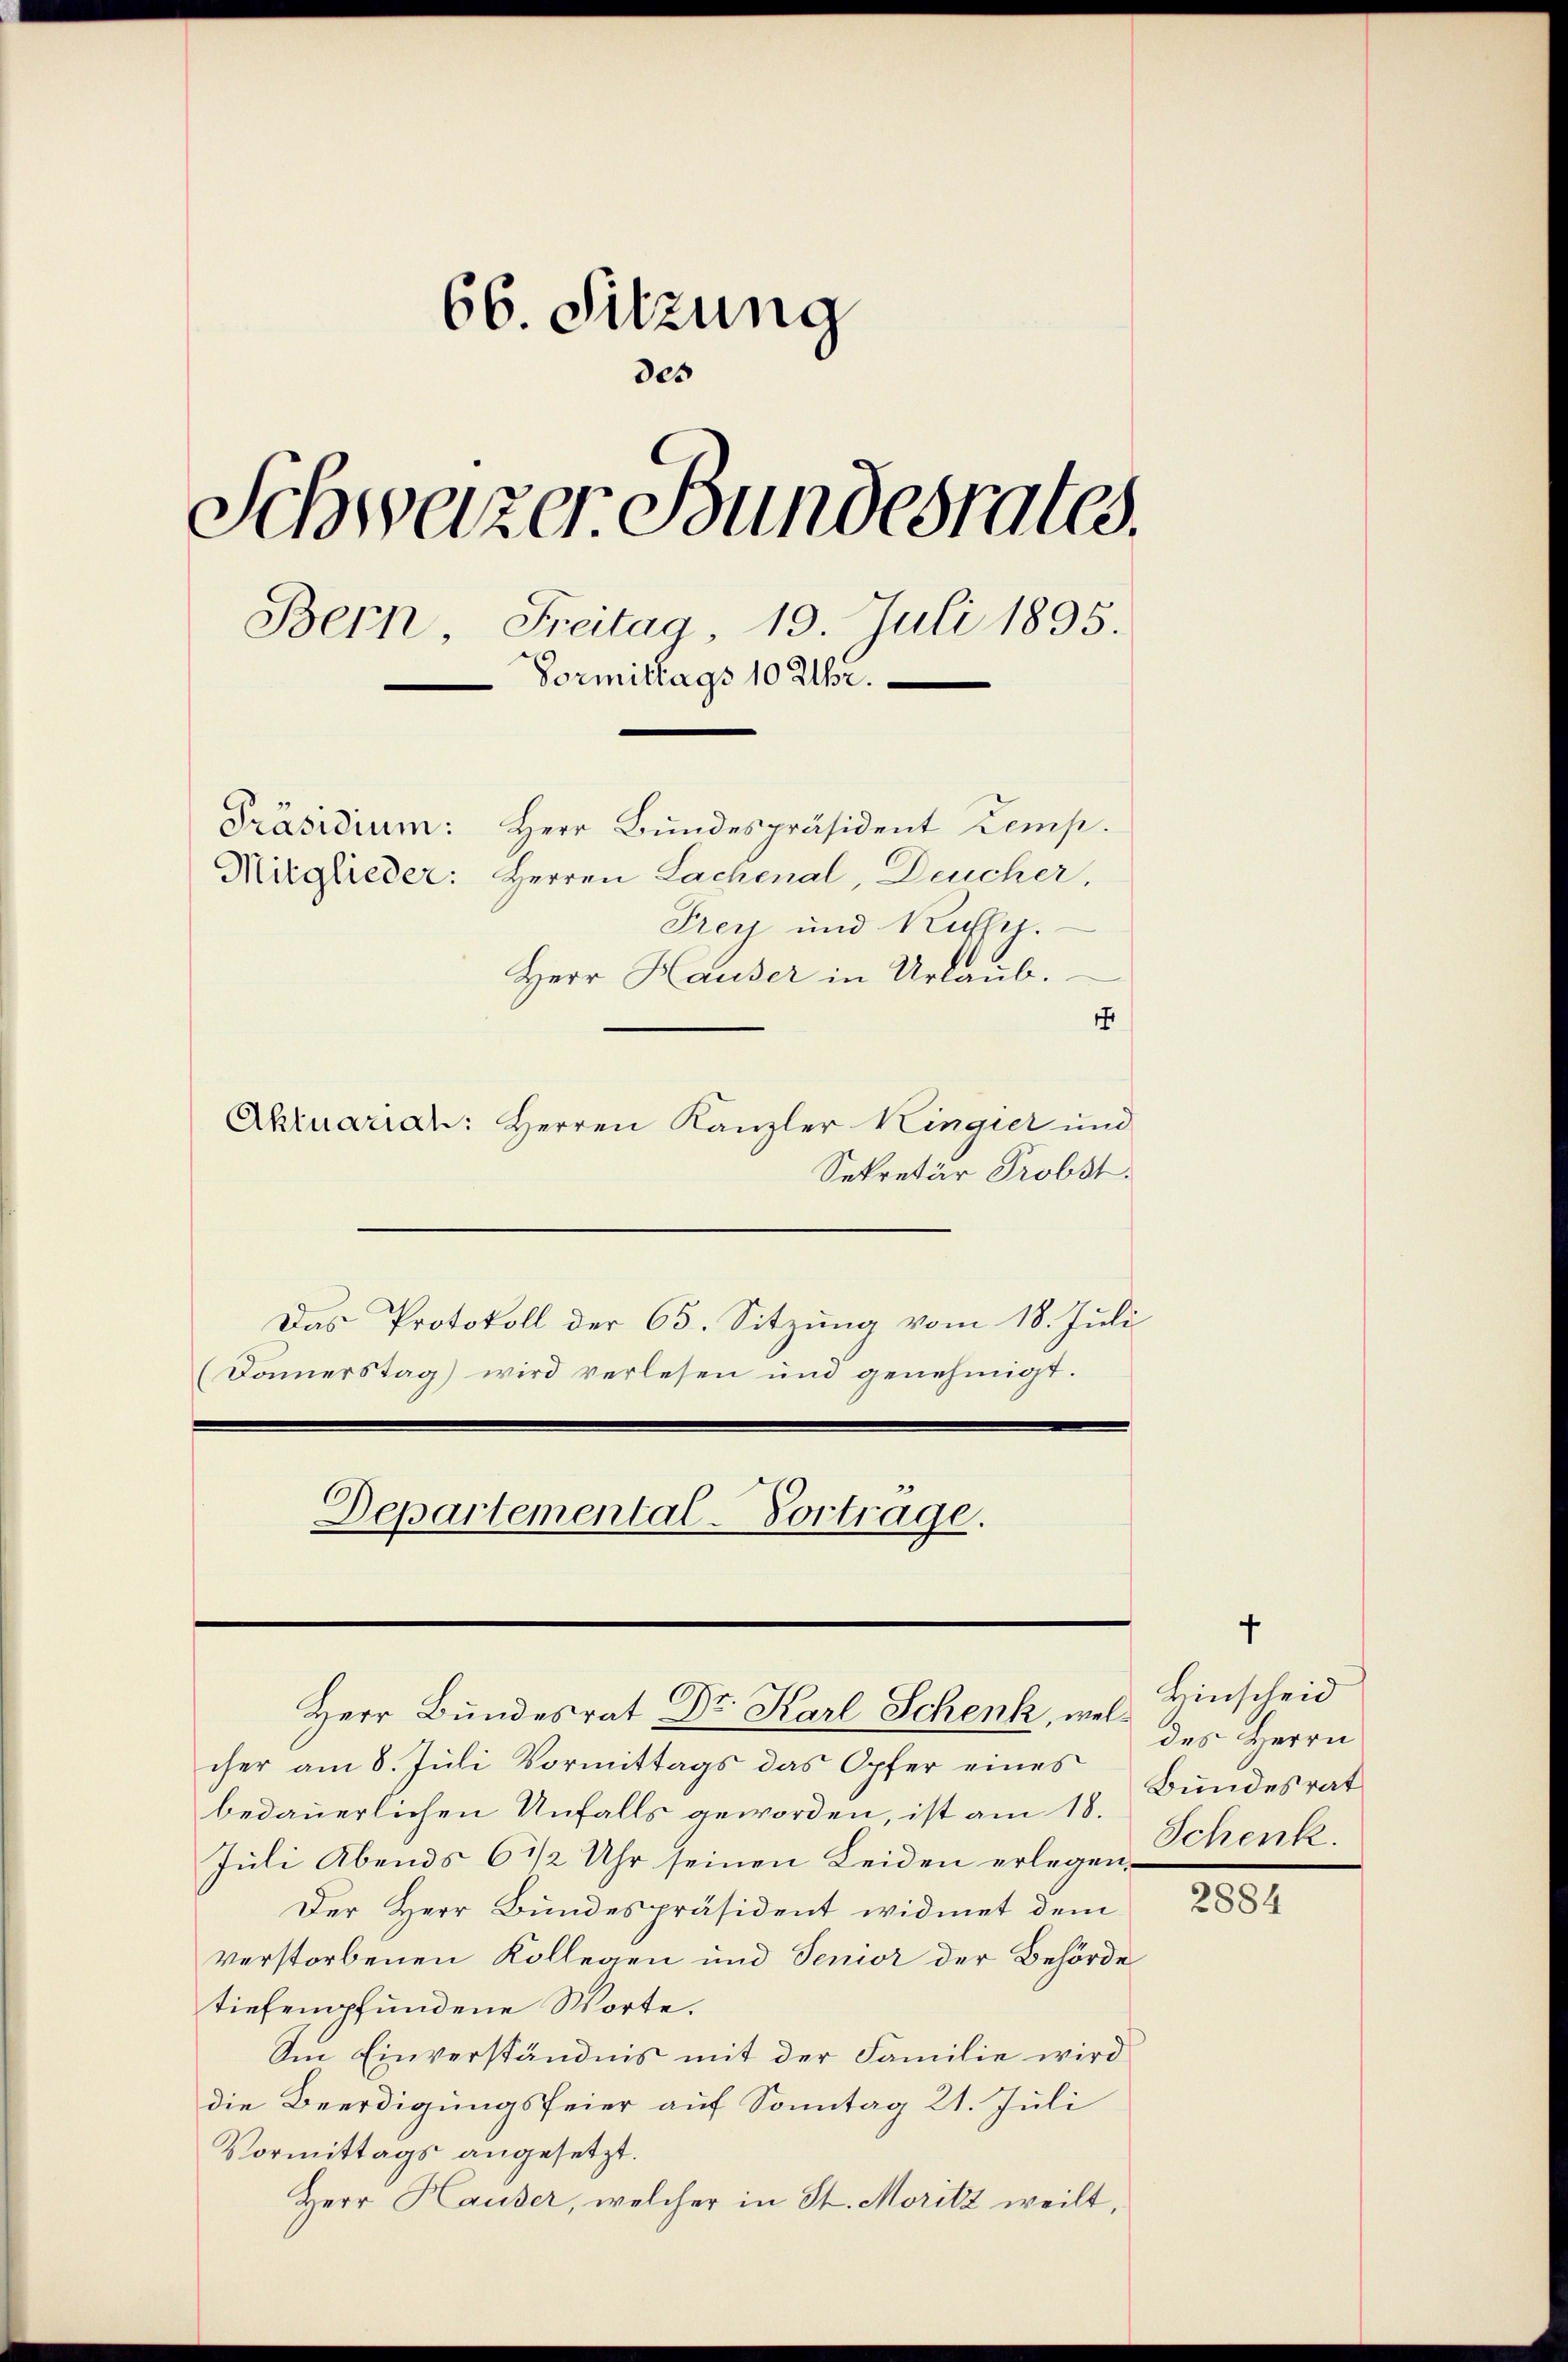
66. Sitzung
des
Schweizer Bundesrates.
Bern Freitag 19. Juli 1895.
Vormittags 10 Uhr.
Präsidium: Herr Bundespräsident Kemp.
Mitglieder: Herren Lachenal, Deucher,
Frey und Rusch.
Herr Hauser in Urlaub.
1

Aktuarian: Herren Kanzler Kingier und
Sekretär Probst.
Das Protokoll der 65. Sitzung vom 18. Juli
(Damerstag) wird verlesen und genehmigt.
Departemental-Vortrage.

Herr Bundesrat Dr. Karl Schenk, wel¬

cher am 8. Juli Vormittags das Opfer eines
bedauerlichen Unfalls geworden, ist am 18.
Juli Abends 6 1/2 Uhr seinen Leiden erlegen,
Der Herr Bundespräsident widmet dem
verstorbenen Kollegen und Senior der Behörde
tiefempfundene Worte.
Am Einverständnis mit der Familie wird
die Beerdigungsfeier auf Sonntag 21. Juli
Vormittags angesetzt.
Herr Hauser, welcher in St. Moritz weilt,

Hinscheid
des Herrn
Bundesrat
Schenk.

2884